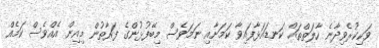
ވަކިކުރެވިދާނެ ހާލަތްތައް ކަނޑައަޅާފައިވާ ކަމަށާއި ނަމަވެސް މިބޭފުޅުންގެ ފަރާތުން މިއިން އެއްވެސް ކަމެއް